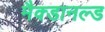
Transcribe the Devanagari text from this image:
मैक्डानल्ड